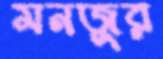
মনজুর